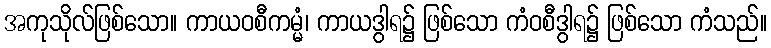
အကုသိုလ်ဖြစ်သော။ ကာယဝစီကမ္မံ၊ ကာယဒွါရ၌ ဖြစ်သော ကံဝစီဒွါရ၌ ဖြစ်သော ကံသည်။